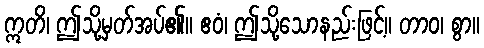
ဣတိ၊ ဤသို့မှတ်အပ်၏။ ဧဝံ၊ ဤသို့သောနည်းဖြင့်။ တာဝ၊ စွာ။